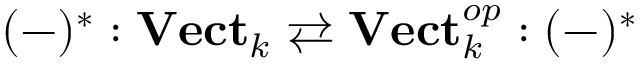
( - ) ^ { * } : \mathbf { V e c t } _ { k } \rightleftarrows \mathbf { V e c t } _ { k } ^ { o p } : ( - ) ^ { * }